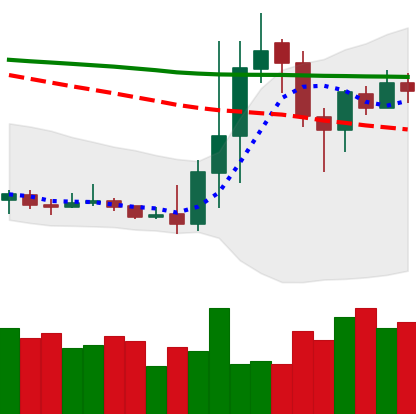
Ticker: DOGE-USD
Chart end date: 2020-01-13
Forward return: 6.319%
Label: up_5_7